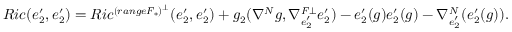
\small \begin{array} { l l } { R i c ( e _ { 2 } ^ { \prime } , e _ { 2 } ^ { \prime } ) = R i c ^ { ( r a n g e F _ { \ast } ) ^ { \bot } } ( e _ { 2 } ^ { \prime } , e _ { 2 } ^ { \prime } ) + g _ { 2 } ( \nabla ^ { N } g , \nabla _ { e _ { 2 } ^ { \prime } } ^ { F \bot } e _ { 2 } ^ { \prime } ) - e _ { 2 } ^ { \prime } ( g ) e _ { 2 } ^ { \prime } ( g ) - \nabla _ { e _ { 2 } ^ { \prime } } ^ { N } ( e _ { 2 } ^ { \prime } ( g ) ) . } \end{array}